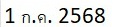
1 ก.ค. 2568